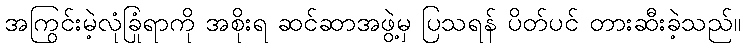
အကြွင်းမဲ့လုံခြုံရာကို အစိုးရ ဆင်ဆာအဖွဲ့မှ ပြသရန် ပိတ်ပင် တားဆီးခဲ့သည်။